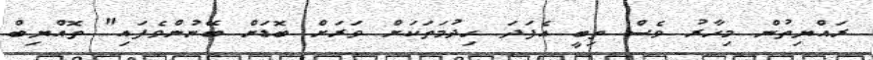
ރައްޔިތުން މިހާރު ވެސް ތިބީ އެފަދަ ހިދުމަތަކަށް ވަރަށް ބޮޑަށް ބޭނުންވެފައި" ތޮއްޔިބް